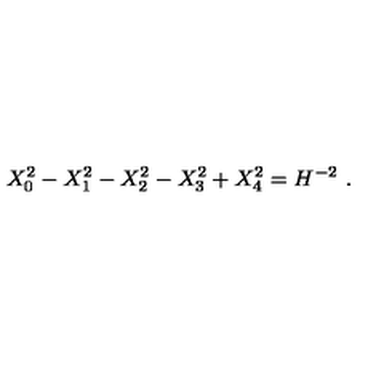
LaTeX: X _ { 0 } ^ { 2 } - X _ { 1 } ^ { 2 } - X _ { 2 } ^ { 2 } - X _ { 3 } ^ { 2 } + X _ { 4 } ^ { 2 } = H ^ { - 2 } \ .